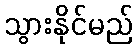
သွားနိုင်မည်